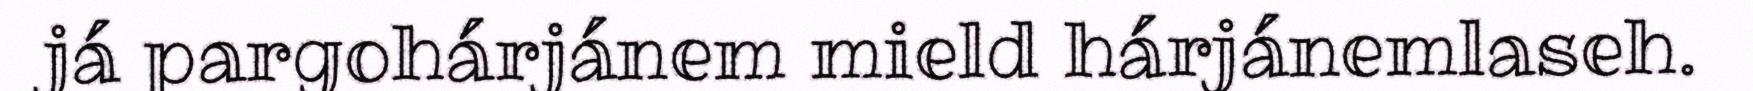
já pargohárjánem mield hárjánemlaseh.